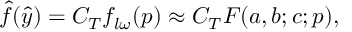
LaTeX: \hat { f } ( \hat { y } ) = C _ { T } f _ { l \omega } ( p ) \approx C _ { T } F ( a , b ; c ; p ) ,